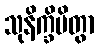
သုနိက္ခိပိတွာ